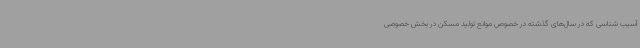
آسیب شناسی که در سال‌های گذشته در خصوص موانع تولید مسکن در بخش خصوصی